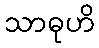
သာဓုဟိ